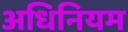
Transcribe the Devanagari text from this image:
अधिनियम